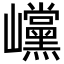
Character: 𡿓